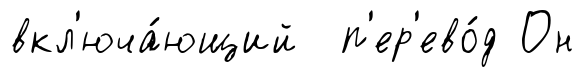
вкл'юча́ющий п'ер'ево́д Он